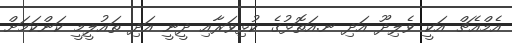
އެމްއެޗް އަކީ ވެލިދޫ އަދި ނ.އަތޮޅުގެ ކުޅިވަރާއި ދީނީ އަދި ތައުލީމީ ކަންކަމަށް